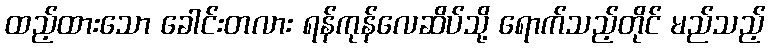
ထည့်ထားသော ခေါင်းတလား ရန်ကုန်လေဆိပ်သို့ ရောက်သည့်တိုင် မည်သည့်